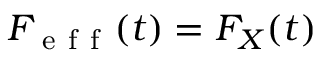
F _ { \mathrm { ~ e ~ f ~ f ~ } } ( t ) = F _ { X } ( t )